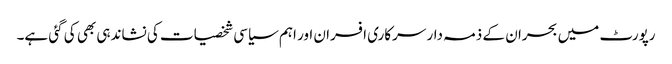
رپورٹ میں بحران کے ذمہ دار سرکاری افسران اور اہم سیاسی شخصیات کی نشاندہی بھی کی گئی ہے۔